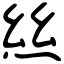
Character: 𢇁